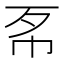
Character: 𢁳